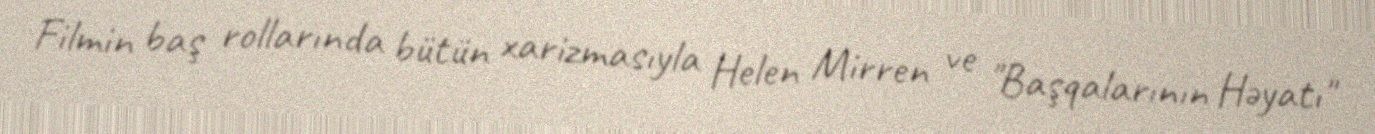
Filmin baş rollarında bütün xarizmasıyla Helen Mirren ve "Başqalarının Həyatı"